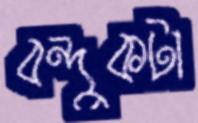
বন্দুকটা